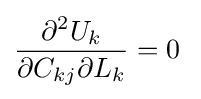
{\frac {\partial ^{2}U_{k}}{\partial C_{kj}\partial L_{k}}}=0\;